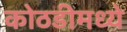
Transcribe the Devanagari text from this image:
कोठडीमध्ये